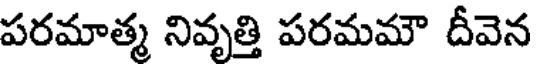
పరమాత్మ నివృత్తి పరమమౌ దీవెన